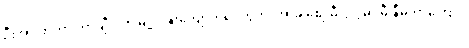
ဦးအားဖာဟာ တာချီလိတ်မြို့၊ ဝိန်းကျောက်ရပ်ကွက်၊ အာခါစျေးမီးပွိုင့်မှာ မီးနီမိတာကြောင့်